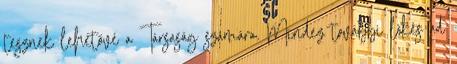
tesznek lehetővé a Társaság számára. Mindez további lökés ad